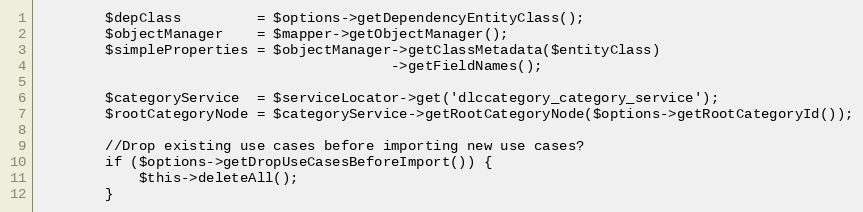
Language: PHP
        $depClass         = $options->getDependencyEntityClass();
        $objectManager    = $mapper->getObjectManager();
        $simpleProperties = $objectManager->getClassMetadata($entityClass)
                                          ->getFieldNames();

        $categoryService  = $serviceLocator->get('dlccategory_category_service');
        $rootCategoryNode = $categoryService->getRootCategoryNode($options->getRootCategoryId());

        //Drop existing use cases before importing new use cases?
        if ($options->getDropUseCasesBeforeImport()) {
            $this->deleteAll();
        }